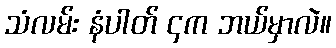
သံလမ်း နံပါတ် ၄က ဘယ်မှာလဲ။